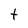
Character: t